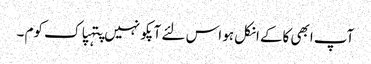
آپ ابھی کاکے انکل ہو اس لئے آپکو نہیں پتہپاک کوم ۔